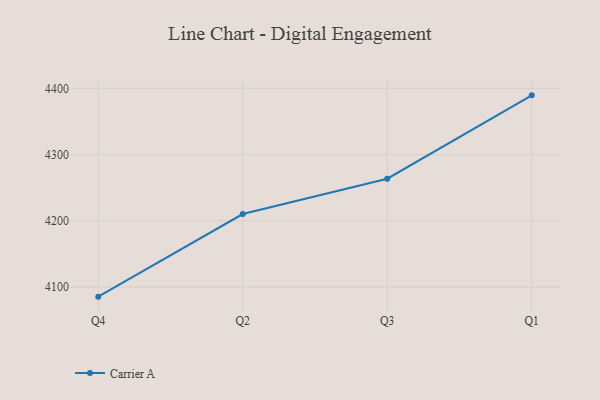
{"axis": {"x": "Quarter", "y": "Net Income (USD K)"}, "legend": ["Carrier A"], "data": [{"x": "Q4", "y": 4085.6, "type": "Carrier A"}, {"x": "Q2", "y": 4210.3, "type": "Carrier A"}, {"x": "Q3", "y": 4263.6, "type": "Carrier A"}, {"x": "Q1", "y": 4389.5, "type": "Carrier A"}]}